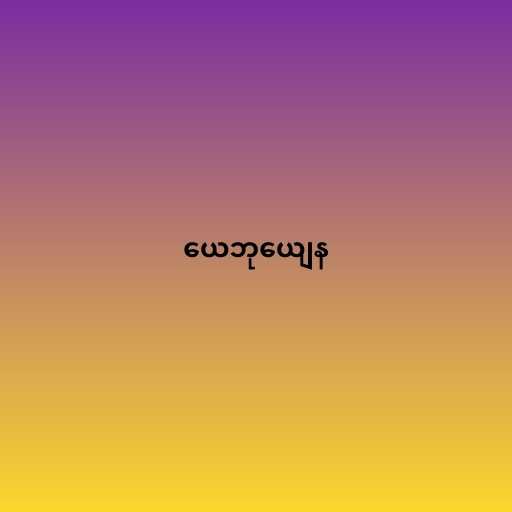
ယေဘုယျေန